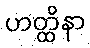
ဟတ္ထိနာ